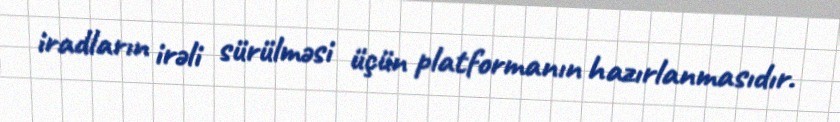
iradların irəli sürülməsi üçün platformanın hazırlanmasıdır.